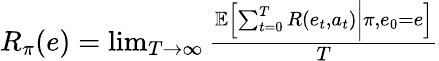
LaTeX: \begin{array}{r}{R_{\pi}(e)=\operatorname*{lim}_{T\rightarrow\infty}\frac{\mathbb{E}\left[\sum_{t=0}^{T}R(e_{t},a_{t})\bigg\rvert\pi,e_{0}=e\right]}{T}}\end{array}